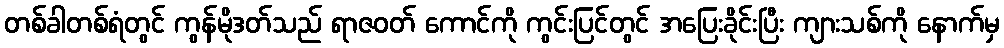
တစ်ခါတစ်ရံတွင် ကွန်မိုဒတ်သည် ရာဇဝတ် ကောင်ကို ကွင်းပြင်တွင် အပြေးခိုင်းပြီး ကျားသစ်ကို နောက်မှ